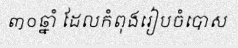
៣០ឆ្នាំ ដែលកំពុងរៀបចំបោស